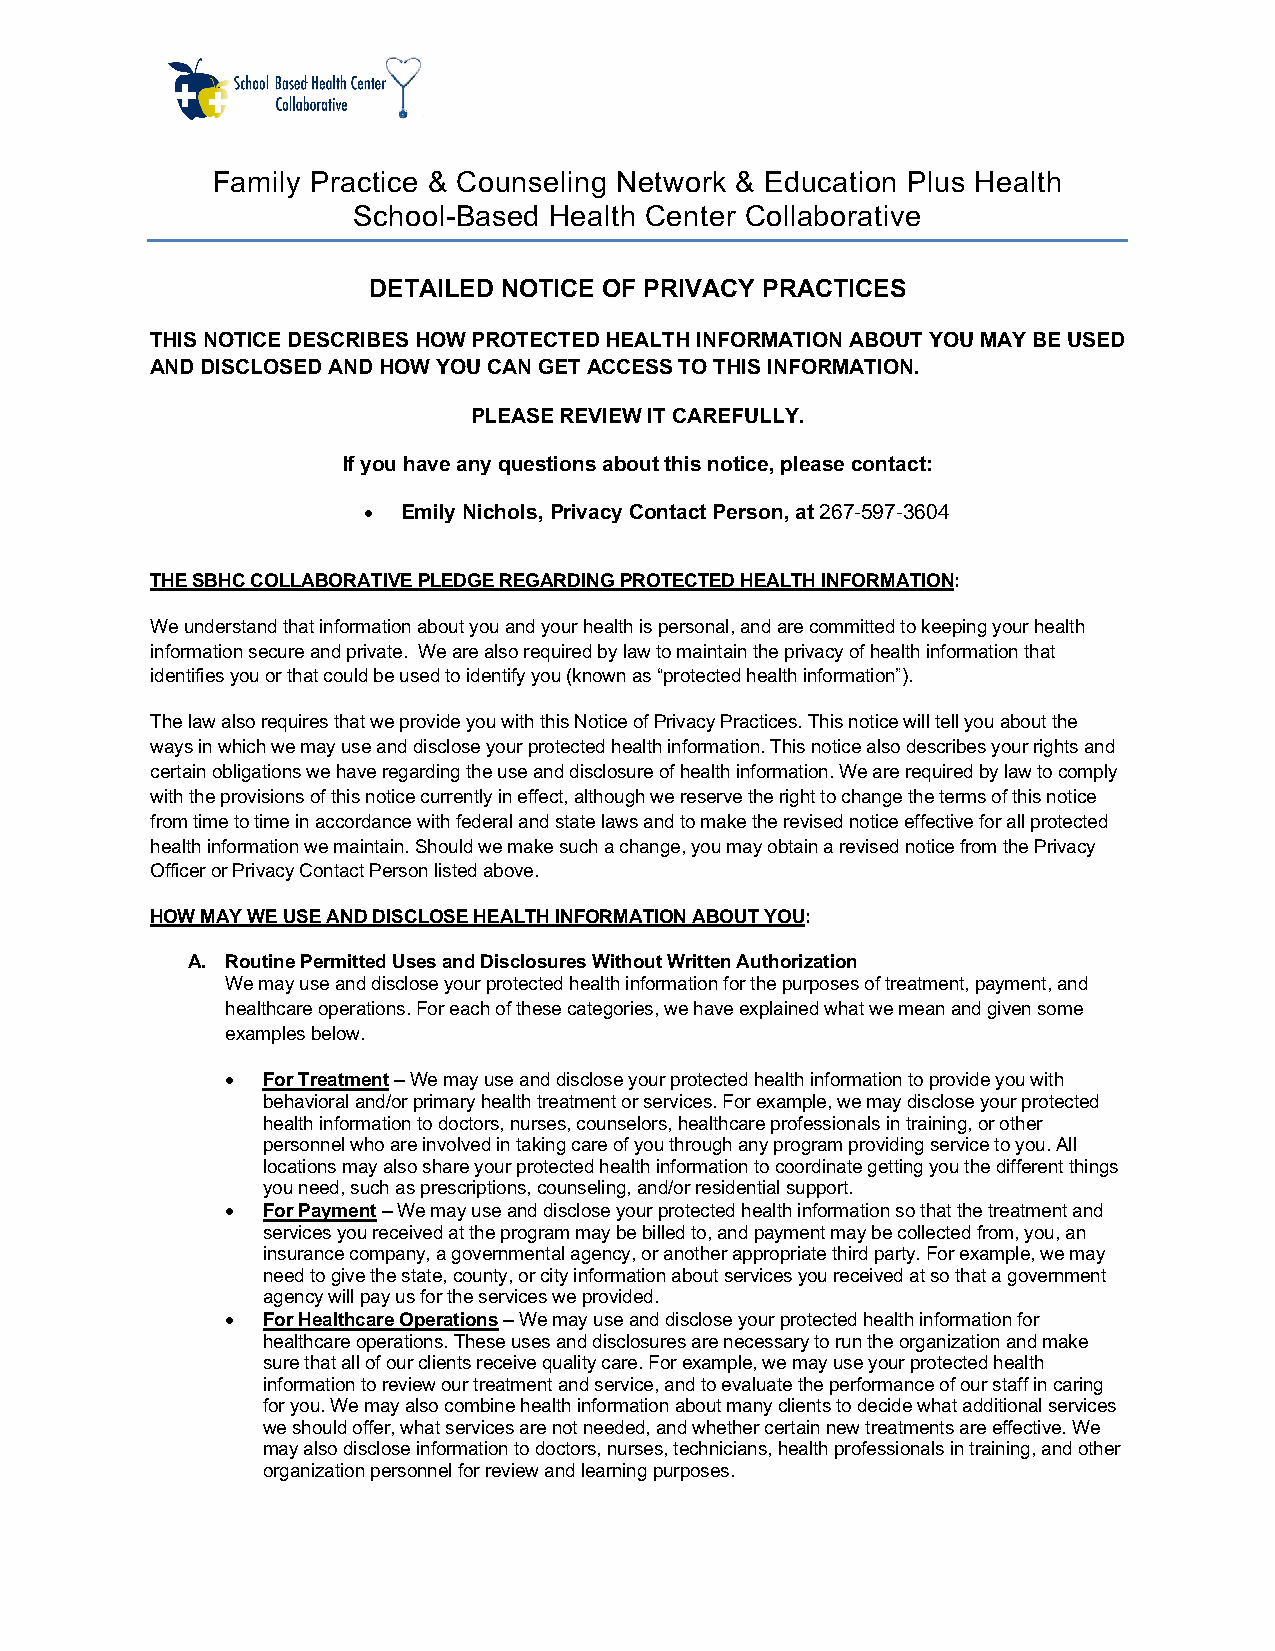
Family Practice & Counseling Network & Education Plus Health
 School-Based Health Center Collaborative
 DETAILED NOTICE OF PRIVACY PRACTICES
 THIS NOTICE DESCRIBES HOW PROTECTED HEALTH INFORMATION ABOUT YOU MAY BE USED
 AND DISCLOSED AND HOW YOU CAN GET ACCESS TO THIS INFORMATION.
 PLEASE REVIEW IT CAREFULLY.
 If you have any questions about this notice, please contact:
 •  Emily Nichols, Privacy Contact Person, at 267-597-3604
 THE SBHC COLLABORATIVE PLEDGE REGARDING PROTECTED HEALTH INFORMATION:
 We understand that information about you and your health is personal, and are committed to keeping your health
 information secure and private. We are also required by law to maintain the privacy of health information that
 identifies you or that could be used to identify you (known as “protected health information”).
 The law also requires that we provide you with this Notice of Privacy Practices. This notice will tell you about the
 ways in which we may use and disclose your protected health information. This notice also describes your rights and
 certain obligations we have regarding the use and disclosure of health information. We are required by law to comply
 with the provisions of this notice currently in effect, although we reserve the right to change the terms of this notice
 from time to time in accordance with federal and state laws and to make the revised notice effective for all protected
 health information we maintain. Should we make such a change, you may obtain a revised notice from the Privacy
 Officer or Privacy Contact Person listed above.
 HOW MAY WE USE AND DISCLOSE HEALTH INFORMATION ABOUT YOU:
 A. Routine Permitted Uses and Disclosures Without Written Authorization
 We may use and disclose your protected health information for the purposes of treatment, payment, and
 healthcare operations. For each of these categories, we have explained what we mean and given some
 examples below.
 • For Treatment – We may use and disclose your protected health information to provide you with
 behavioral and/or primary health treatment or services. For example, we may disclose your protected
 health information to doctors, nurses, counselors, healthcare professionals in training, or other
 personnel who are involved in taking care of you through any program providing service to you. All
 locations may also share your protected health information to coordinate getting you the different things
 you need, such as prescriptions, counseling, and/or residential support.
 • For Payment – We may use and disclose your protected health information so that the treatment and
 services you received at the program may be billed to, and payment may be collected from, you, an
 insurance company, a governmental agency, or another appropriate third party. For example, we may
 need to give the state, county, or city information about services you received at so that a government
 agency will pay us for the services we provided.
 • For Healthcare Operations – We may use and disclose your protected health information for
 healthcare operations. These uses and disclosures are necessary to run the organization and make
 sure that all of our clients receive quality care. For example, we may use your protected health
 information to review our treatment and service, and to evaluate the performance of our staff in caring
 for you. We may also combine health information about many clients to decide what additional services
 we should offer, what services are not needed, and whether certain new treatments are effective. We
 may also disclose information to doctors, nurses, technicians, health professionals in training, and other
 organization personnel for review and learning purposes.